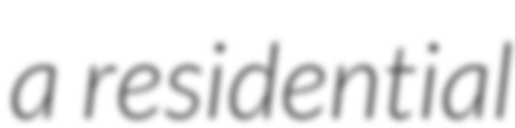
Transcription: a residential